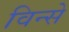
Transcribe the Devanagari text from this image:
विन्से